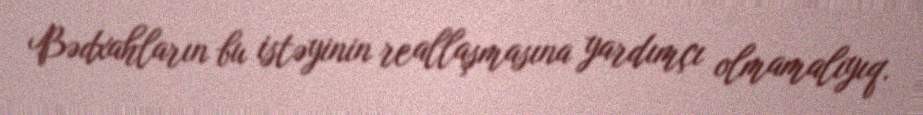
Bədxahların bu istəyinin reallaşmasına yardımçı olmamalıyıq.